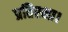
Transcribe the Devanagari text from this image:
प्रतिरक्षा।